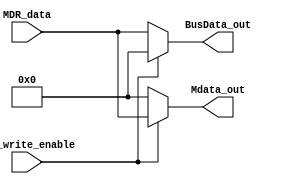
module MDMux_out(MDR_data, Mem_write_enable, BusData_out, Mdata_out); 
	input Mem_write_enable;
	input[31:0] MDR_data;
	output[31:0] BusData_out, Mdata_out;
	assign Mdata_out = (Mem_write_enable) ? MDR_data : 0; 
	assign BusData_out = (!Mem_write_enable) ? MDR_data : 0; 
endmodule